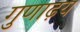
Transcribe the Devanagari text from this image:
गुणाढ़य